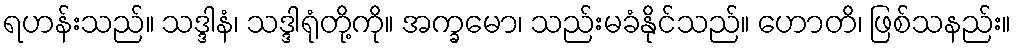
ရဟန်းသည်။ သဒ္ဒါနံ၊ သဒ္ဒါရုံတို့ကို။ အက္ခမော၊ သည်းမခံနိုင်သည်။ ဟောတိ၊ ဖြစ်သနည်း။